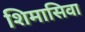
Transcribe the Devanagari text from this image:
शिमासिवा